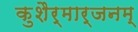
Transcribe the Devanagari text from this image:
कुशैर्मार्जनम्